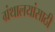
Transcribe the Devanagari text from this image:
ग्रंथालयांसाठी